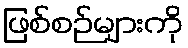
ဖြစ်စဉ်များကို